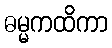
ဓမ္မကထိကာ